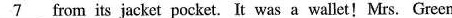
\underline{7} from its jacket pocket. It was a wallet!Mrs. Green